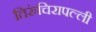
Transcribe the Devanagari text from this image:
तिरुंचिरापल्ली